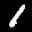
Label: 1